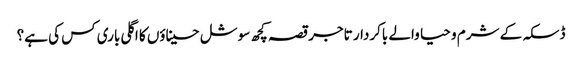
ڈسکہ کے شرم و حیا والے باکردار تاجر	قصہ کچھ سوشل حسیناؤں کا	اگلی باری کس کی ہے؟